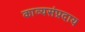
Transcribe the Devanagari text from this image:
काव्यसंप्रदाय